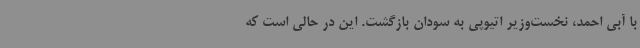
با آبی احمد، نخست‌وزیر اتیوپی به سودان بازگشت. این در حالی است که